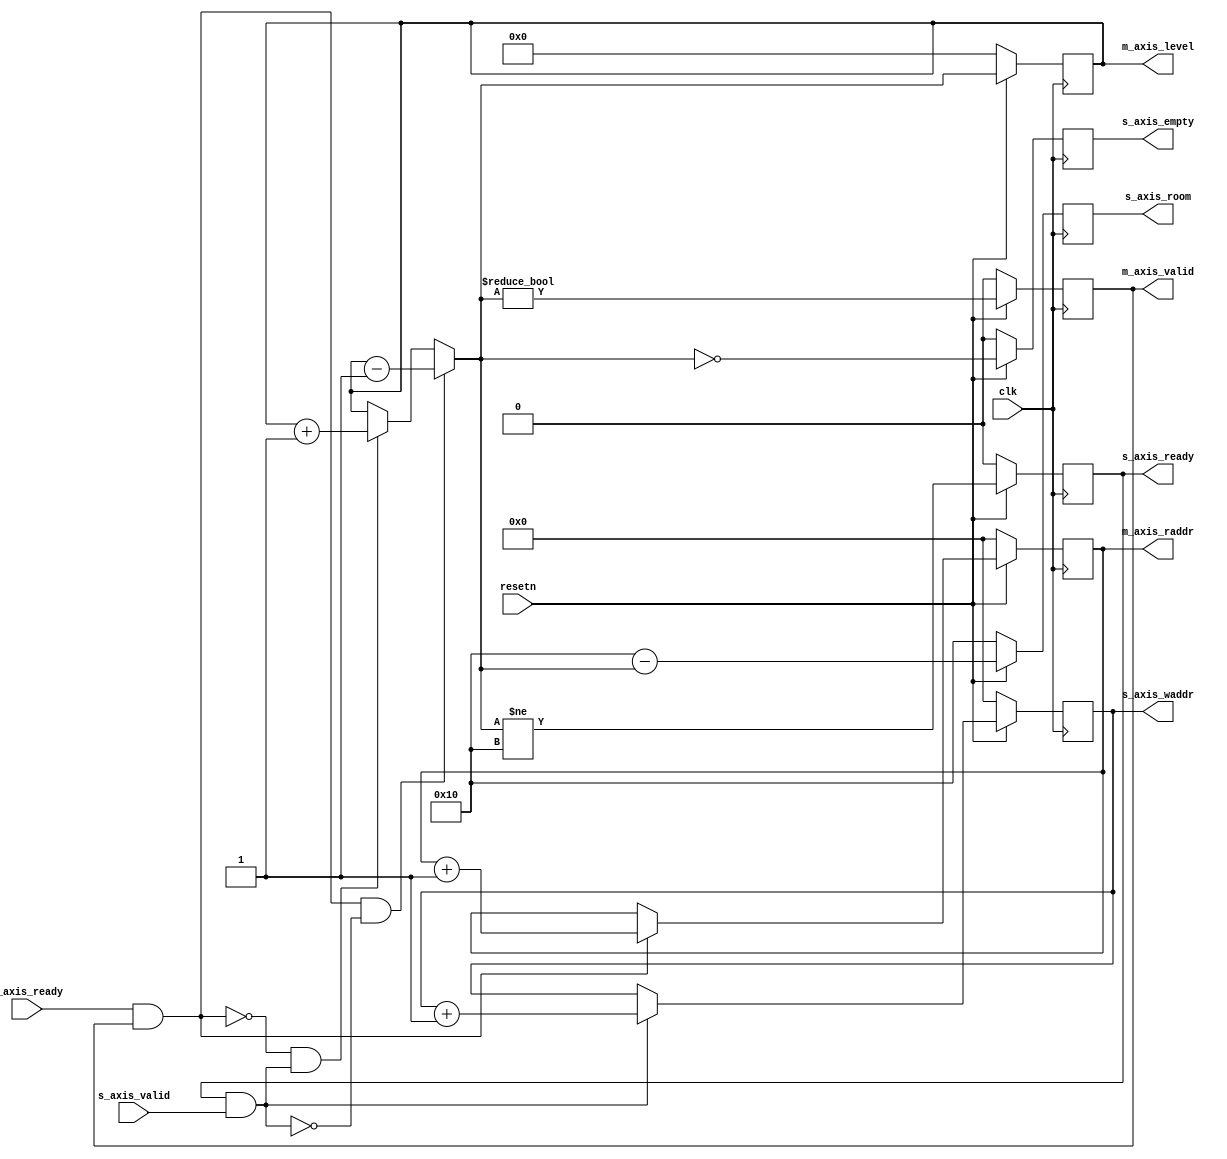
module fifo_address_sync (
	input clk,
	input resetn,

	input m_axis_ready,
	output reg m_axis_valid,
	output reg  [ADDRESS_WIDTH-1:0] m_axis_raddr,
	output [ADDRESS_WIDTH:0] m_axis_level,

	output reg s_axis_ready,
	input s_axis_valid,
	output reg s_axis_empty,
	output reg [ADDRESS_WIDTH-1:0] s_axis_waddr,
	output [ADDRESS_WIDTH:0] s_axis_room
);

parameter ADDRESS_WIDTH = 4;

reg [ADDRESS_WIDTH:0] room = 2**ADDRESS_WIDTH;
reg [ADDRESS_WIDTH:0] level = 'h00;
reg [ADDRESS_WIDTH:0] level_next;

assign s_axis_room = room;
assign m_axis_level = level;

wire read = m_axis_ready & m_axis_valid;
wire write = s_axis_ready & s_axis_valid;

always @(posedge clk)
begin
	if (resetn == 1'b0) begin
		s_axis_waddr <= 'h00;
		m_axis_raddr <= 'h00;
	end else begin
		if (write)
			s_axis_waddr <= s_axis_waddr + 1'b1;
		if (read)
			m_axis_raddr <= m_axis_raddr + 1'b1;
	end
end

always @(*)
begin
	if (read & ~write)
		level_next <= level - 1'b1;
	else if (~read & write)
		level_next <= level + 1'b1;
	else
		level_next <= level;
end

always @(posedge clk)
begin
	if (resetn == 1'b0) begin
		m_axis_valid <= 1'b0;
		s_axis_ready <= 1'b0;
		level <= 'h00;
		room <= 2**ADDRESS_WIDTH;
		s_axis_empty <= 'h00;
	end else begin
		level <= level_next;
		room <= 2**ADDRESS_WIDTH - level_next;
		m_axis_valid <= level_next != 0;
		s_axis_ready <= level_next != 2**ADDRESS_WIDTH;
		s_axis_empty <= level_next == 0;
	end
end

endmodule